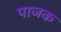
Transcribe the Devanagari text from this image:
पाजक